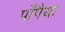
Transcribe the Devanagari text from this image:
पाँपैया